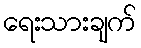
ရေးသားချက်